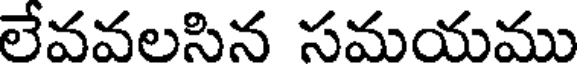
లేవవలసిన సమయము